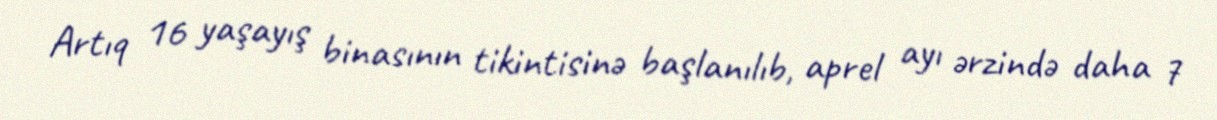
Artıq 16 yaşayış binasının tikintisinə başlanılıb, aprel ayı ərzində daha 7